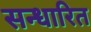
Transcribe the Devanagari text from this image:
सन्धारित